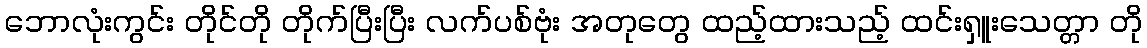
ဘောလုံးကွင်း တိုင်တို တိုက်ပြီးပြီး လက်ပစ်ဗုံး အတုတွေ ထည့်ထားသည့် ထင်းရှူးသေတ္တာ တို